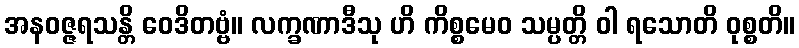
အနဝဇ္ဇရသန္တိ ဝေဒိတဗ္ဗံ။ လက္ခဏာဒီသု ဟိ ကိစ္စမေဝ သမ္ပတ္တိ ဝါ ရသောတိ ဝုစ္စတိ။